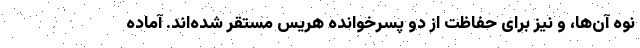
نوه آن‌ها، و نیز برای حفاظت از دو پسرخوانده هریس مستقر شده‌اند. آماده